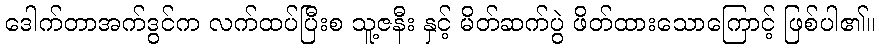
ဒေါက်တာအက်ဒွင်က လက်ထပ်ပြီးစ သူ့ဇနီး နှင့် မိတ်ဆက်ပွဲ ဖိတ်ထားသောကြောင့် ဖြစ်ပါ၏။